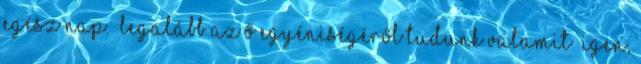
egész nap. “legalább az ő egyéniségéről tudunk valamit” Igen,